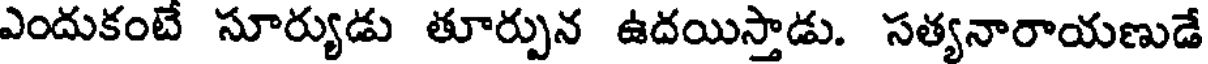
ఎందుకంటే సూర్యుడు తూర్పున ఉదయిస్తాడు. సత్యనారాయణుడే